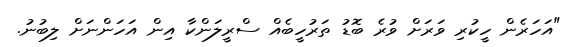
"އަހަރެން ހީކުރި ވަރަށް ވުރެ ބޮޑު ތަރުހީބެއް ސްރީލަންކާ އިން އަހަންނަށް ލިބުނު.